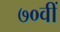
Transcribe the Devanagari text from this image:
७०वीं